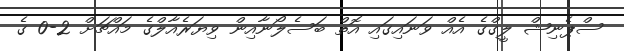
ސްޕެނިޝް ލީގްގެ އެއް ވަނައިގައި އޮތް ބަސެލޯނާއިން ވިޔަރެއާލްގެ މައްޗަށް 2-0 ގެ